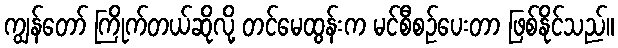
ကျွန်တော် ကြိုက်တယ်ဆိုလို့ တင်မေထွန်းက မင်စီစဉ်ပေးတာ ဖြစ်နိုင်သည်။